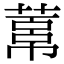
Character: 𦻋